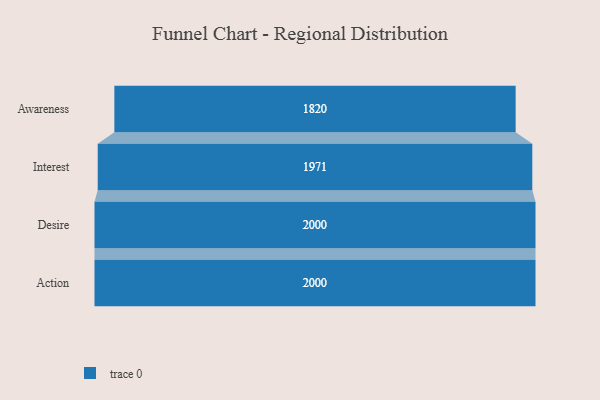
{"axis": {"x": "Stage", "y": "Value"}, "legend": [""], "data": [{"x": "Awareness", "y": 1820.0, "type": ""}, {"x": "Interest", "y": 1971.0, "type": ""}, {"x": "Desire", "y": 2000, "type": ""}, {"x": "Action", "y": 2000, "type": ""}]}